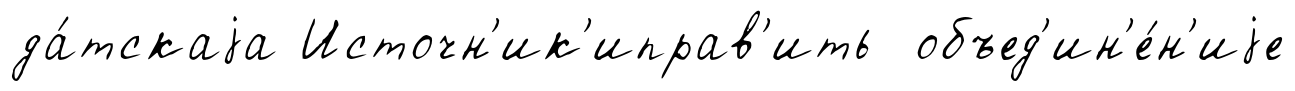
да́тскаjа Источн'ик'иправ'ить объед'ин'е́н'иjе